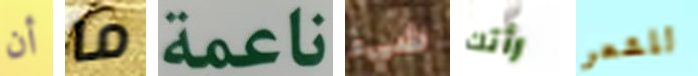
أن ما ناعمة شيء رأتك للشعر